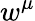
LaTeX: w^{\mu}